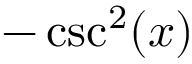
- \csc ^ { 2 } ( x )